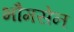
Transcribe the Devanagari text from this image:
भौमसेन